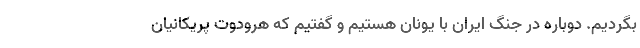
بگردیم. دوباره در جنگ ایران با یونان هستیم و گفتیم که هرودوت پریکانیان